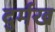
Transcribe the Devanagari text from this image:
दुर्मख